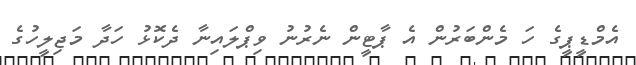
އެމްޑީޕީގެ ހަ މެންބަރުން އެ ޕާޓީން ނެރުނު ވިޕްލައިނާ ދެކޮޅު ހަދާ މަޖިލީހުގެ